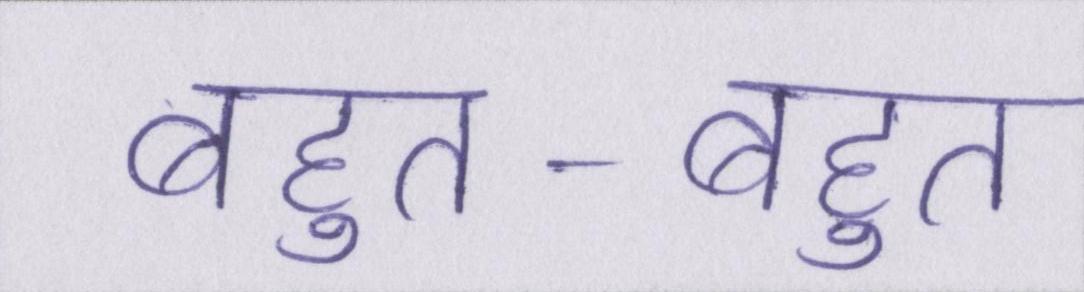
बहुत-बहुत